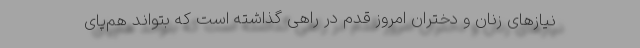
نیازهای زنان و دختران امروز قدم در راهی گذاشته است که بتواند هم‌پای